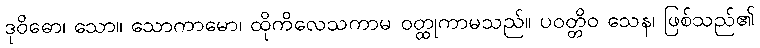
ဒုဝိဓော၊ သော။ သောကာမော၊ ထိုကိလေသကာမ ဝတ္ထုကာမသည်။ ပဝတ္တိဝ သေန၊ ဖြစ်သည်၏